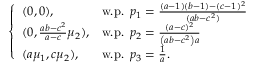
\left\{ \begin{array} { l l } { ( 0 , 0 ) , } & { \mathrm { w . p . ~ } \, p _ { 1 } = \frac { ( a - 1 ) ( b - 1 ) - ( c - 1 ) ^ { 2 } } { ( a b - c ^ { 2 } ) } } \\ { ( 0 , \frac { a b - c ^ { 2 } } { a - c } \mu _ { 2 } ) , } & { \mathrm { w . p . ~ } \, p _ { 2 } = \frac { ( a - c ) ^ { 2 } } { \left( a b - c ^ { 2 } \right) a } } \\ { ( a \mu _ { 1 } , c \mu _ { 2 } ) , } & { \mathrm { w . p . ~ } \, p _ { 3 } = \frac { 1 } { a } . } \end{array} \right.